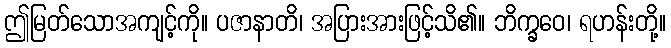
ဤမြတ်သောအကျင့်ကို။ ပဇာနာတိ၊ အပြားအားဖြင့်သိ၏။ ဘိက္ခဝေ၊ ရဟန်းတို့။